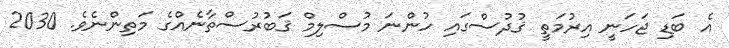
އެ ބަޑި ޖަހަނީ އިރުމަތީ ޤުދުސްގައި ހުންނަ މުސްލިމް ޤަބުރުސްތާނެއްގެ މަތިންނެވެ. 2030